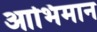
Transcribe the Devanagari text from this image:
आभिमान